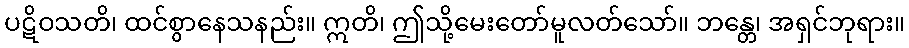
ပဋိဝသတိ၊ ထင်စွာနေသနည်း။ ဣတိ၊ ဤသို့မေးတော်မူလတ်သော်။ ဘန္တေ၊ အရှင်ဘုရား။